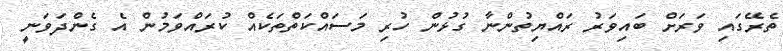
ތެރޭގައި ވަރަށް ބައިވަރު ރައްޔިތުންނާ ގުޅުން ހުރި މަސައްކަތްތަކެއް ކުރައްވަމުން އެ ގެންދަވަނީ